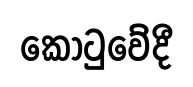
කොටුවේදී